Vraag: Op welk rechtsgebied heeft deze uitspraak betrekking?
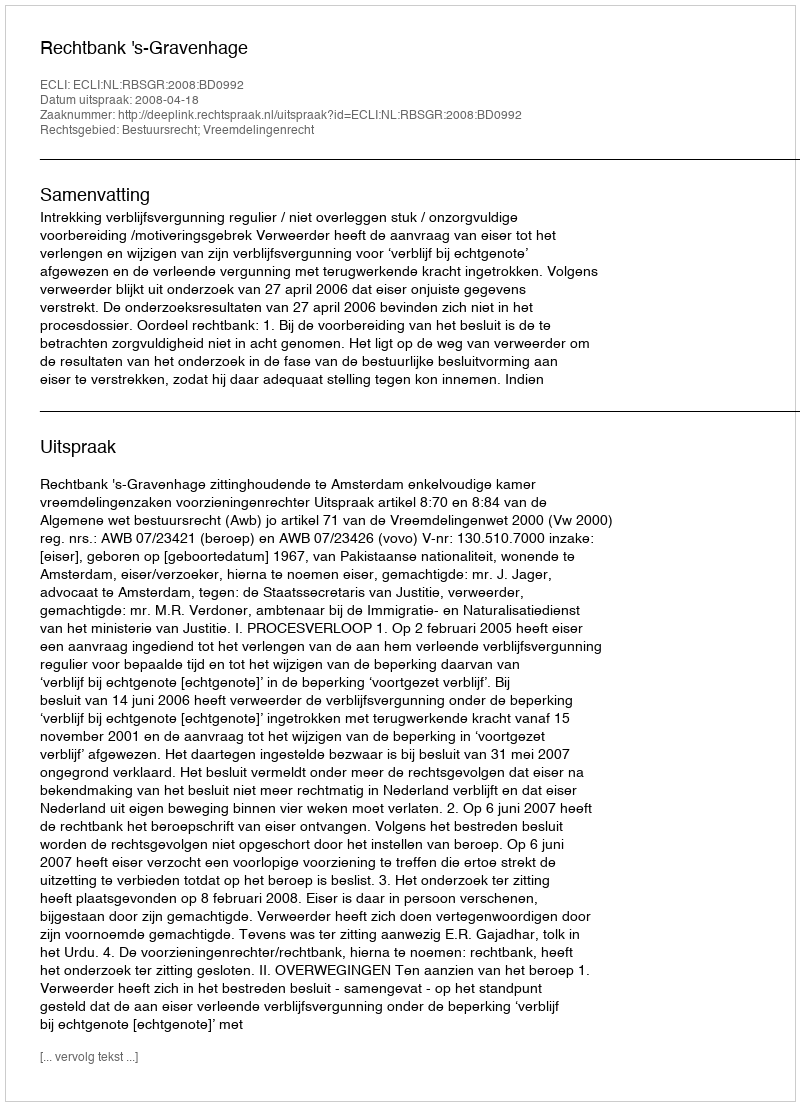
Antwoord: Bestuursrecht; Vreemdelingenrecht